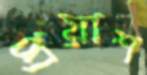
প্রয়াশ